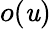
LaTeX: o(\mathit{u})